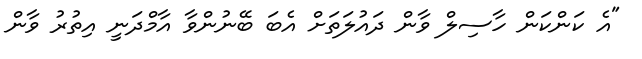
"އެ ކަންކަން ހާސިލް ވާން ދައުލަތަށް އެބަ ބޭނުންވާ އާމްދަނީ އިތުރު ވާން